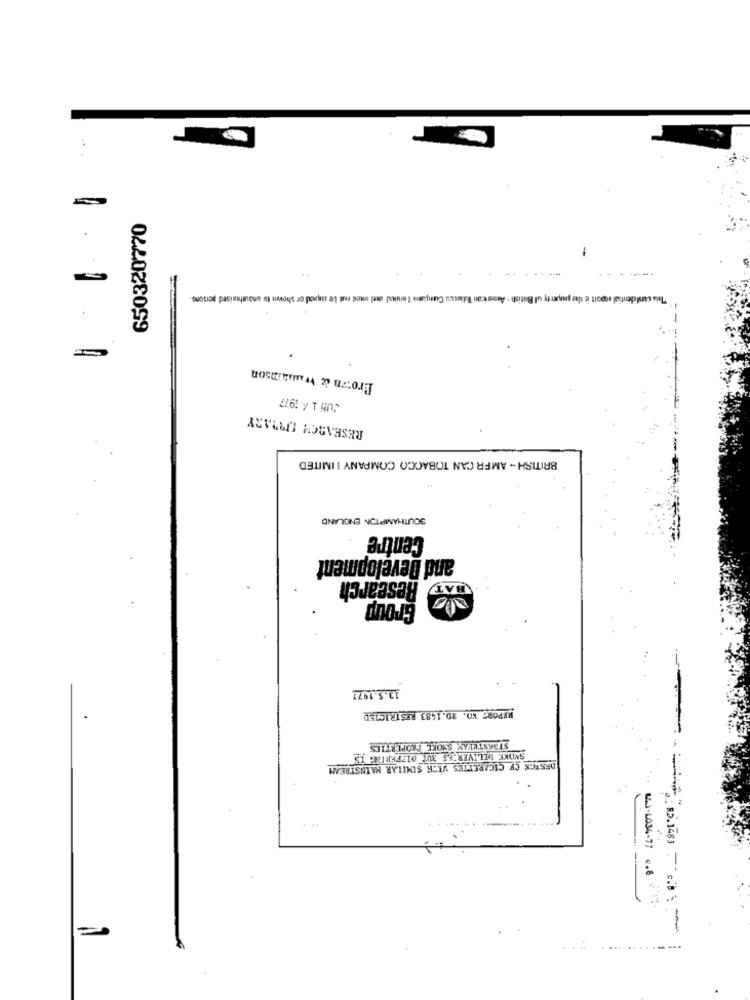
650320770
-
port is tes pauper ty ull British . Arsicon Riscos Cunpais taniud ol must not Le onsed or shown to unauthorised persons.
Brown & wamiinson
JUN 1 / 1977
RESEARCH DOMARY
BRITISH - AMER CAN TOBACCO COMPANY LIMITED
SOUTHAMPTON ENGLAND
Centre
and Development
BAT Research
Group
13.5.1977
REPORT KO. RD.1483 RESTRICTED
STARSTEELY SNOKE PROPERTIES
SMOKE DELIVERÇES 3UT MI?FKRING IN
DESTEK CF CIGARETTES VITH SIMILAR MAINSTREAM
WAJ-L034-77 .6 :1.
......... ....